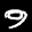
Label: 9